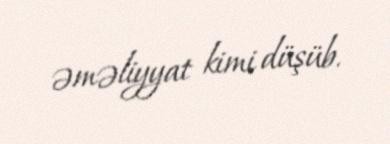
əməliyyat kimi düşüb.